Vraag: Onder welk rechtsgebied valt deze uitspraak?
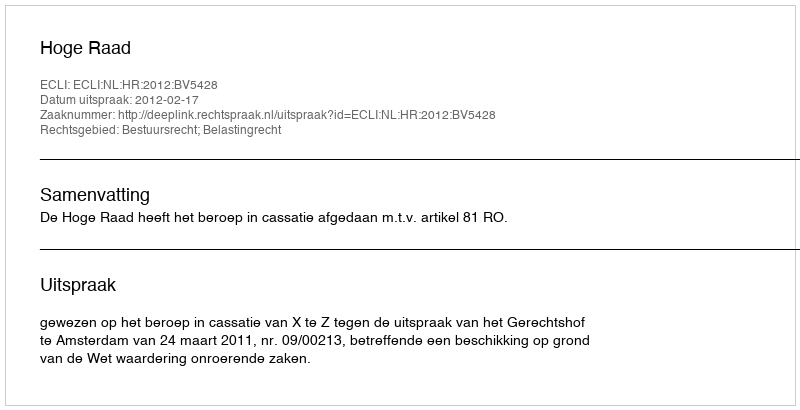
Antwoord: Bestuursrecht; Belastingrecht